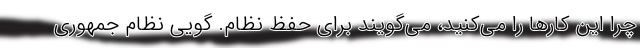
چرا این کارها را می‌کنید، می‌گویند برای حفظ نظام. گویی نظام جمهوری